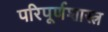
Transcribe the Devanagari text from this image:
परिपूर्णशास्त्र